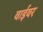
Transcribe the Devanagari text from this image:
वाईवर